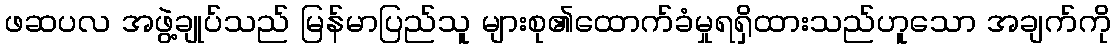
ဖဆပလ အဖွဲ့ချုပ်သည် မြန်မာပြည်သူ များစု၏ထောက်ခံမှုရရှိထားသည်ဟူသော အချက်ကို